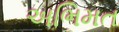
અભિમત